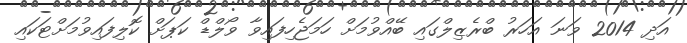
އަދި 2014 ވަނަ އަހަރު ބްރެޒިލްގައި ބޭއްވުމަށް ހަމަޖެހިފައިވާ ވޯލްޑް ކަޕަށް ކޮލިފައިވުމަށްޓަކައި